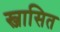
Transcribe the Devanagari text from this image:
स्जासित